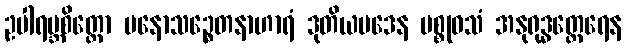
ဥပါရမ္ဘစိတ္တော မနောသဉ္စေတနာဟာရံ ဒုတိယပဒေန မစ္စုဝသံ အနုရုဒ္ဓတ္ထေရေန